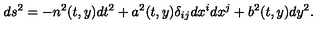
d s ^ { 2 } = - n ^ { 2 } ( t , y ) d t ^ { 2 } + a ^ { 2 } ( t , y ) \delta _ { i j } d x ^ { i } d x ^ { j } + b ^ { 2 } ( t , y ) d y ^ { 2 } .